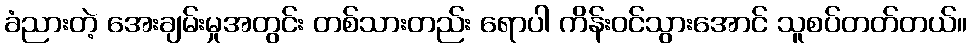
ခံညားတဲ့ အေးချမ်းမှုအတွင်း တစ်သားတည်း ရောပါ ကိန်းဝင်သွားအောင် သူစပ်တတ်တယ်။